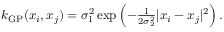
\begin{array} { r } { k _ { \mathrm { G P } } ( x _ { i } , { x } _ { j } ) = \sigma _ { 1 } ^ { 2 } \exp \left( - \frac { 1 } { 2 \sigma _ { 2 } ^ { 2 } } | { x } _ { i } - { x } _ { j } | ^ { 2 } \right) . } \end{array}